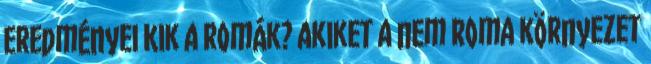
eredményei Kik a romák? akiket a nem roma környezet